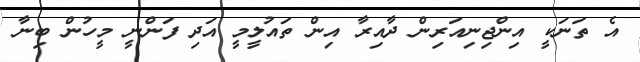
އެ ތަނަކީ އިންޖިނިއަރިން ދާއިރާ އިން ތައުލީމީ އަދި ފަންނީ މީހުން ބިނާ